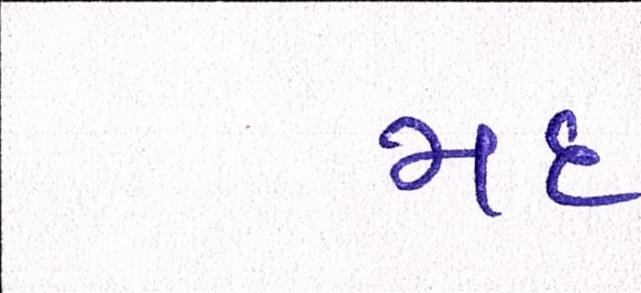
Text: મદ